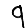
Digit: 9